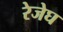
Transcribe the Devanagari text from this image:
रेजेघ